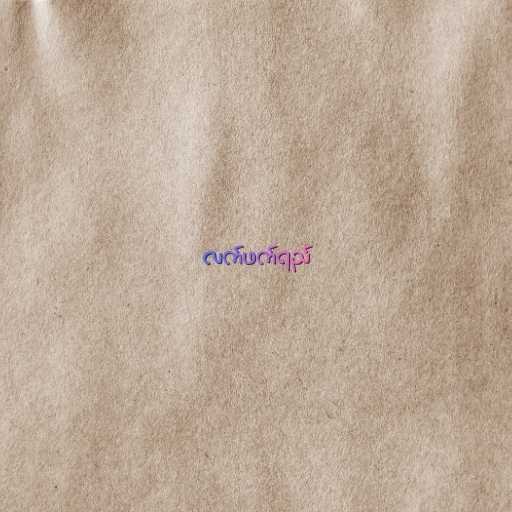
လက်ဖက်ရည်